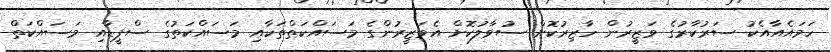
ހަމައެއާއެކު ސަރުކާރުގެ ވަޒީރުން ހާޒިރުކޮށް ސުވާލުކޮށް އެވަޒީރުންގެ މަސައްކަތްތަކާއި މަސައްކަތުގެ ސްޕީޑާއި މަސައްކަތް